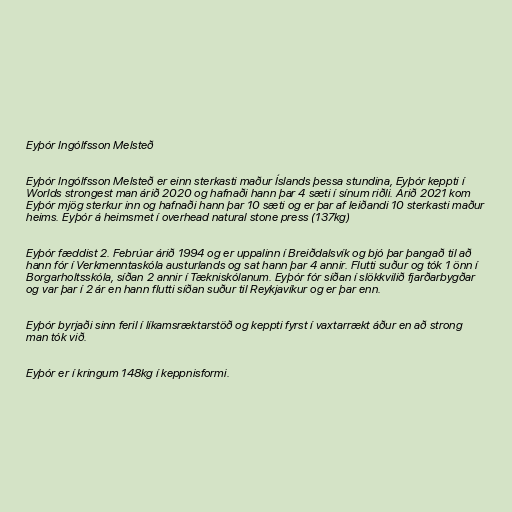
Eyþór Ingólfsson Melsteð

Eyþór Ingólfsson Melsteð er einn sterkasti maður Íslands þessa stundina, Eyþór keppti í
Worlds strongest man árið 2020 og hafnaði hann þar 4 sæti í sínum riðli. Árið 2021 kom
Eyþór mjög sterkur inn og hafnaði hann þar 10 sæti og er þar af leiðandi 10 sterkasti maður
heims. Eyþór á heimsmet í overhead natural stone press (137kg)

Eyþór fæddist 2. Febrúar árið 1994 og er uppalinn í Breiðdalsvík og bjó þar þangað til að
hann fór í Verkmenntaskóla austurlands og sat hann þar 4 annir. Flutti suður og tók 1 önn í
Borgarholtsskóla, síðan 2 annir í Tækniskólanum. Eyþór fór síðan í slökkvilið fjarðarbygðar
og var þar í 2 ár en hann flutti síðan suður til Reykjavíkur og er þar enn.

Eyþór byrjaði sinn feril í líkamsræktarstöð og keppti fyrst í vaxtarrækt áður en að strong
man tók við.

Eyþór er í kringum 148kg í keppnisformi.